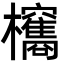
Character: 𣡐